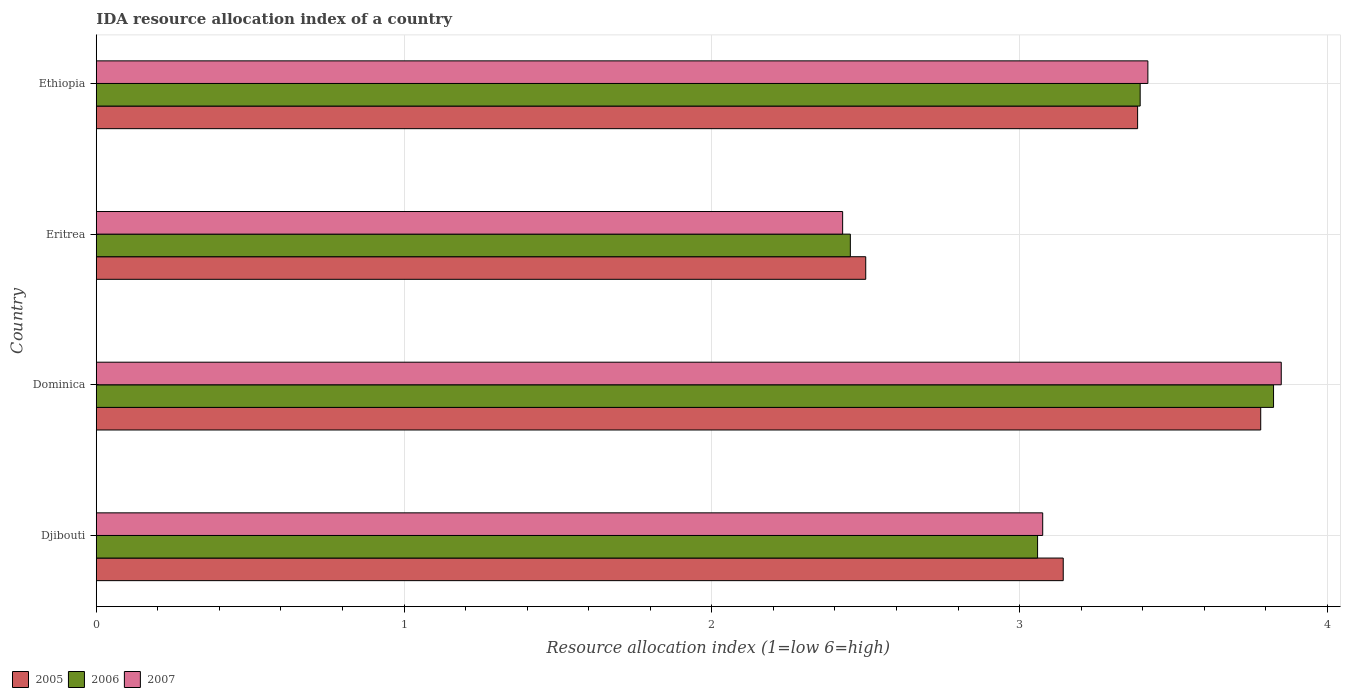
| Country | 2005 | 2006 | 2007 |
 | --- | --- | --- | --- |
 | Djibouti | 3.14 | 3.06 | 3.08 |
 | Dominica | 3.78 | 3.83 | 3.85 |
 | Eritrea | 2.5 | 2.45 | 2.42 |
 | Ethiopia | 3.38 | 3.39 | 3.42 |